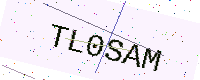
Text: TL0SAM